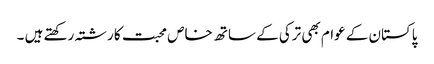
پاکستان کے عوام بھی ترکی کے ساتھ خاص محبت کا رشتہ رکھتے ہیں ۔